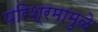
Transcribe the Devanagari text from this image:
परिश्रमामुळे